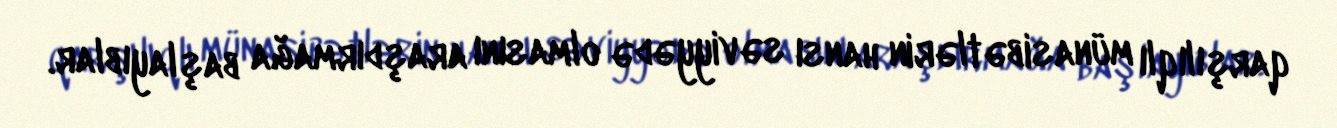
qarşılıqlı münasibətlərin hansı səviyyədə olmasını araşdırmağa başlayıblar.